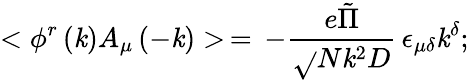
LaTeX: <\phi^{r}\left(\mathit{k}\right)A_{\mu}\left(-\mathit{k}\right)>\, =\, -\frac{{e\tilde{{\Pi}}}}{{\sqrt{}{{N}}\mathit{k}^{2}D}}\, \epsilon_{\mu\delta}\mathit{k}^{\delta};\,